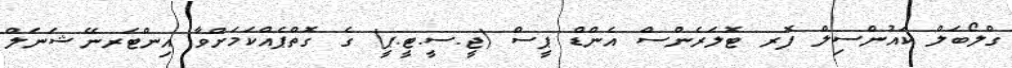
ގްލޯބަލް ކައުންސިލް ފޮރ ޓޮލަރެންސް އެންޑް ޕީސް (ޖީ.ސީ.ޓީ.ޕީ) ގެ ގޮތްޕެއްކަމަށްވާ އިންޓަރނޭޝަނަލް